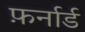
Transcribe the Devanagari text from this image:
फ़र्नार्ड